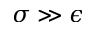
\sigma \gg \epsilon